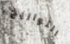
التواريخ